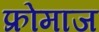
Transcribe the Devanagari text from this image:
फ्रोमाज